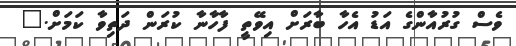
ވެސް ގުރުއާންގެ އަޑު އެހާ ބާރަށް އިވޭތީ ފާހާނާ ކުރަން ދަތިވާ ކަމަށް."